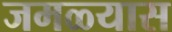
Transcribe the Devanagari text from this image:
जमळ्यास